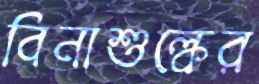
বিনাশুল্কের